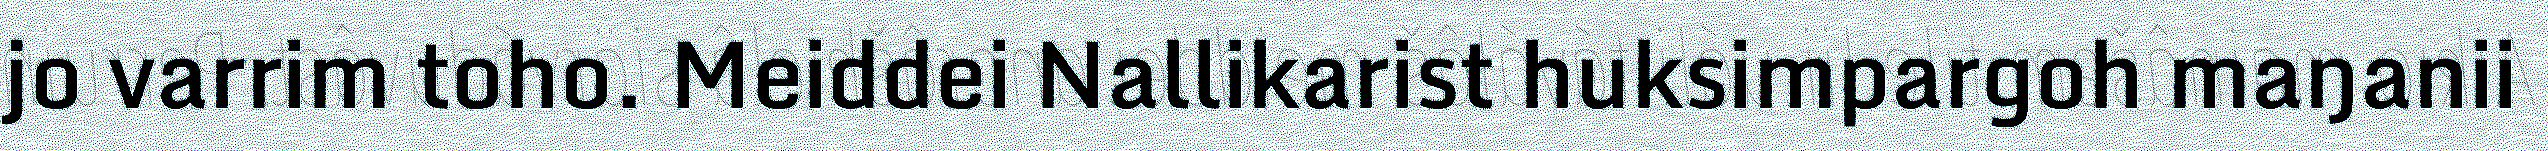
jo varrim toho. Meiddei Nallikarist huksimpargoh maŋanii